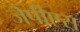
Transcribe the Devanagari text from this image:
जेपीएस